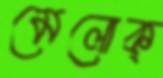
মেলোক্